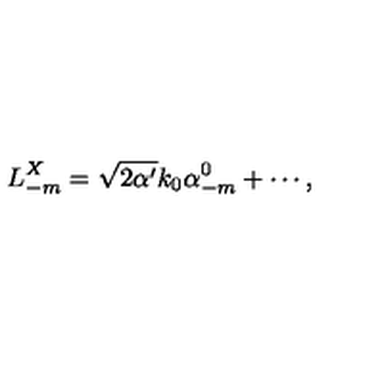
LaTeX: L _ { - m } ^ { X } = \sqrt { 2 \alpha ^ { \prime } } k _ { 0 } \alpha _ { - m } ^ { 0 } + \cdots ,